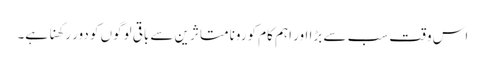
اس وقت سب سے بڑا اور اہم کام کورونا متاثرین سے باقی لوگوں کو دور رکھنا ہے۔